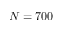
N = 7 0 0